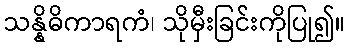
သန္နိဓိကာရကံ၊ သိုမှီးခြင်းကိုပြု၍။